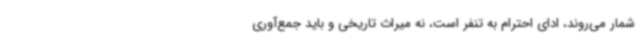
شمار می‌روند، ادای احترام به تنفر است، نه میراث تاریخی و باید جمع‌آوری